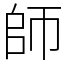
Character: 師